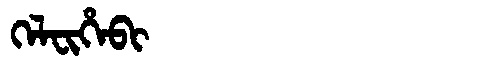
Manchu: ᡴᡝᠯᠸᡳᡥᡝᠪᡳ
Romanization: KELFIHEBI